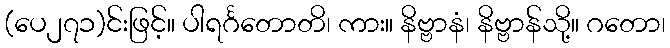
(ပေ၂၇၁)င်းဖြင့်။ ပါရင်္ဂတောတိ၊ ကား။ နိဗ္ဗာနံ၊ နိဗ္ဗာန်သို့။ ဂတော၊